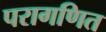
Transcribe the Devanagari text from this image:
परागणित